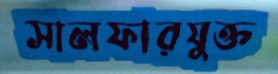
সালফারযুক্ত